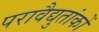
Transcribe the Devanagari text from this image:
परावैद्युतांकों